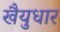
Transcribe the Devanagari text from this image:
खैयुधार